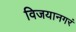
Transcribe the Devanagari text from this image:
विजयानगरं